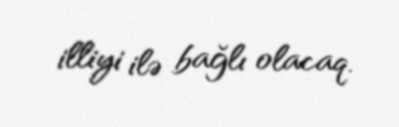
illiyi ilə bağlı olacaq.